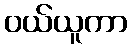
ဝယ်ယူကာ